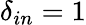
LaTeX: \delta_{in}=1